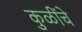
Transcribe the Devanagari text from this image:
कुळींचे